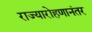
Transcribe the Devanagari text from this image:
राज्यारोहणानंतर